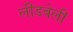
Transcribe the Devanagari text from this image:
लीडबेली